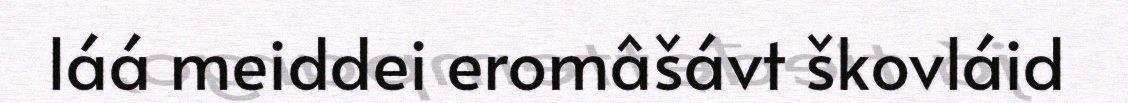
láá meiddei eromâšávt škovláid